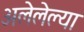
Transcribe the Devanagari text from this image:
अलेलेल्या